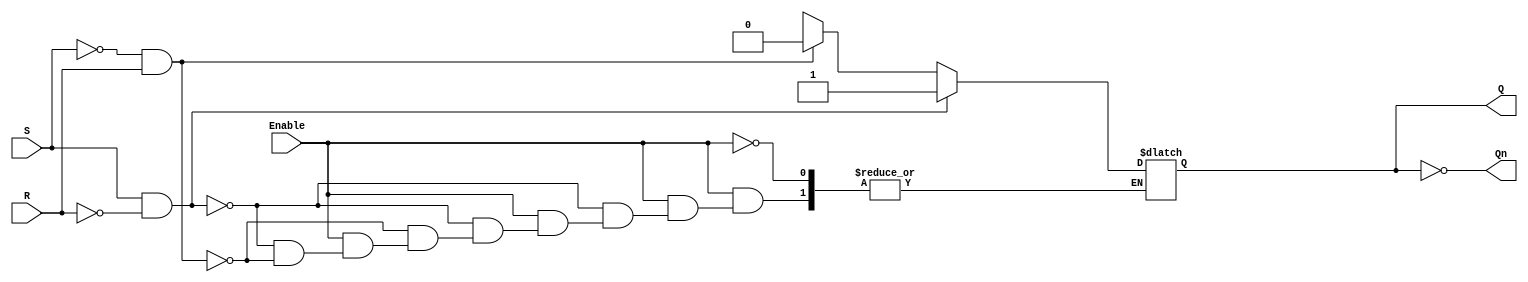
module gated_sr_latch (
    input wire S,       // Set input
    input wire R,       // Reset input
    input wire Enable,  // Enable input
    output reg Q,       // Output Q
    output wire Qn      // Output Q' (complement of Q)
);

// Complement of Q
assign Qn = ~Q;

always @* begin
    // Maintain previous state when Enable is low
    if (Enable) begin
        if (S && !R) begin
            Q = 1'b1;  // Set Q to 1
        end else if (!S && R) begin
            Q = 1'b0;  // Reset Q to 0
        end else if (S && R) begin
            // Undefined state: both S and R are high
            // Handle as per your design requirement, here we do nothing
            Q = Q;  // Maintain previous state
        end 
        // If S = 0 and R = 0, retain the current state (hold)
    end
end

endmodule